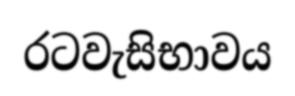
රටවැසිභාවය